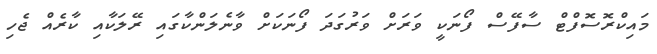
މައިކްރޮސޮފްޓް ސާފޭސް ފޯނަކީ ވަރަށް ވަރުގަދަ ފޯނަކަށް ވާނެލަންކާގައި ރޭލަކާއި ކާރެއް ޖެހި